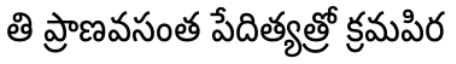
తి ప్రాణవసంత పేదిత్యత్రో క్రమపిర